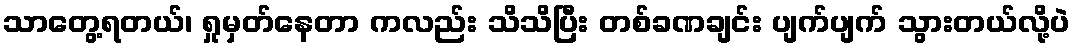
သာတွေ့ရတယ်၊ ရှုမှတ်နေတာ ကလည်း သိသိပြီး တစ်ခဏချင်း ပျက်ပျက် သွားတယ်လို့ပဲ